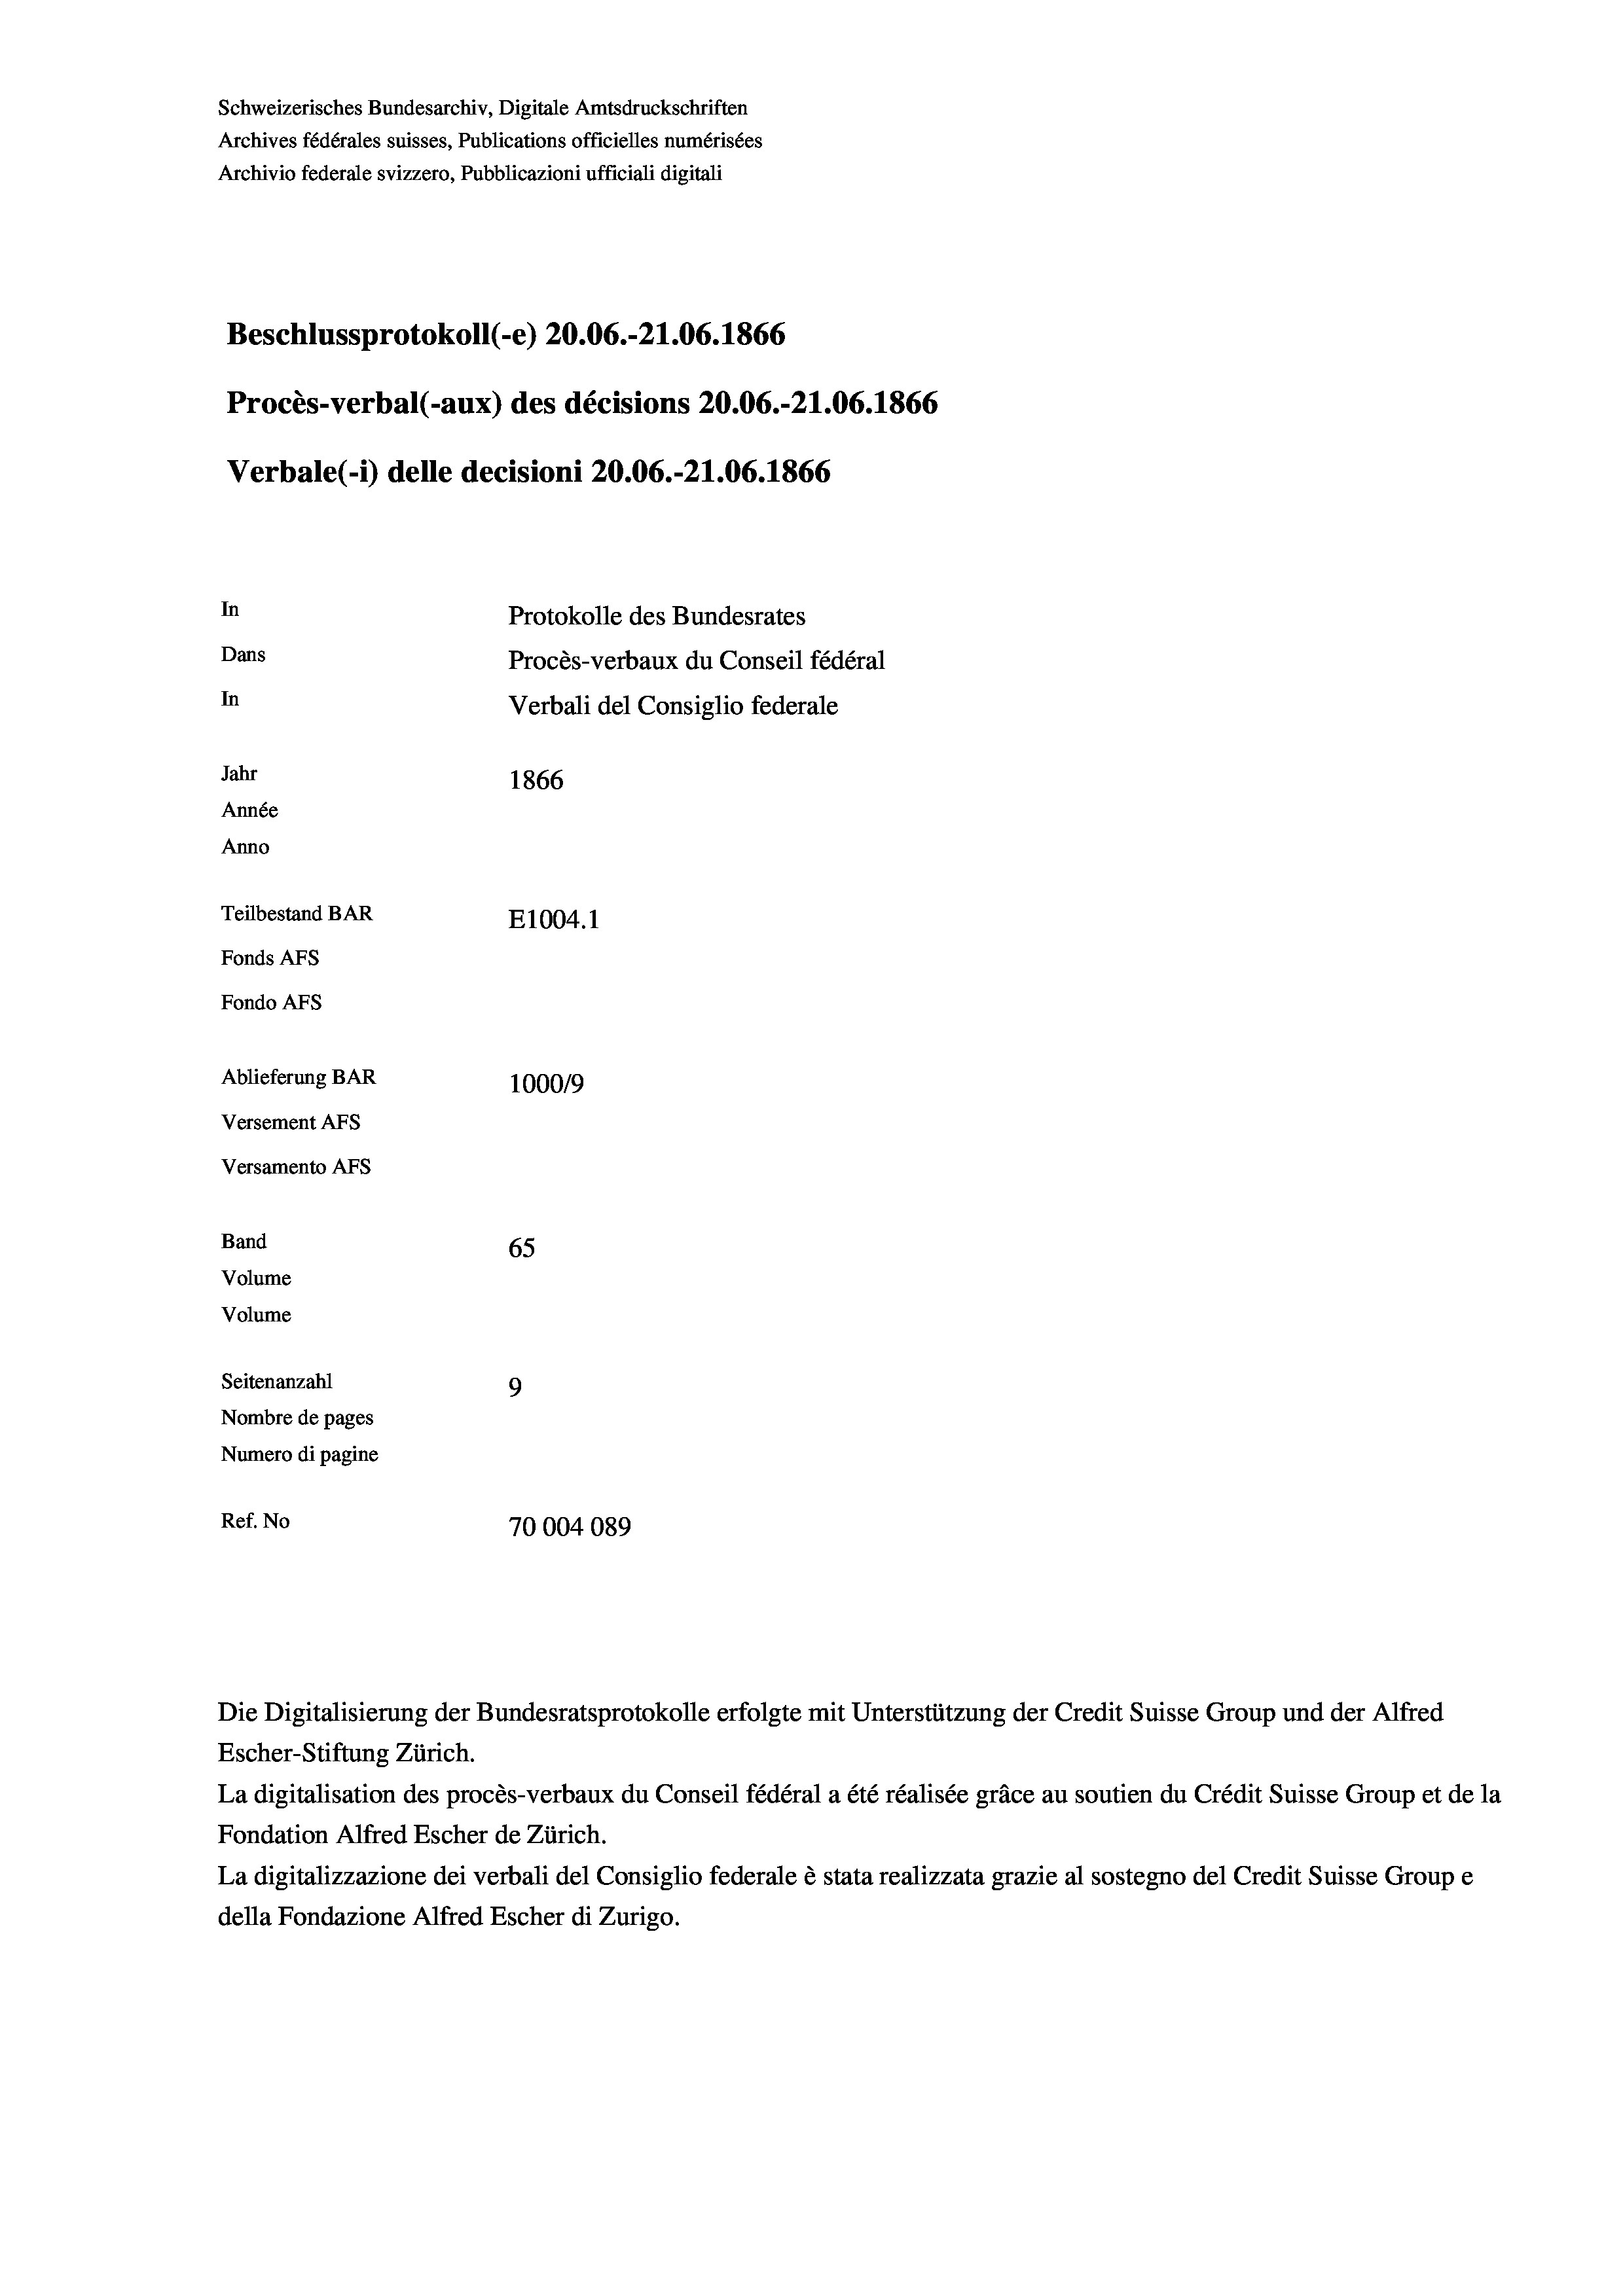
Schweizerisches Bundesarchiv, Digitale Amtsdruckschriften
Archives fédérales suisses, Publications officielles numérisées
Archivio federale svizzero, Pubblicazioni ufficiali digitali
Beschlussprotokoll (-e) 20.06.-21.06. 1866
Procès-verbal (-aux) des décisions 20.06.-21.06. 1866
Verbale (i) delle decisioni 20.06.-21.06. 1866
In
Protokolle des Bundesrates
Dans
Procès-verbaux du Conseil fédéral
In
Verbali del Consiglio federale
Jahr
1866
Année
Anno
Teilbestand BAR
E1004.1
Fonds AFs
Fondo Afs
Ablieferung BAR
100019
Versement AFs
Versamento Afs
Band
65

Volume
Volume
Seitenanzahl
9
Nombre de pages
Numero di pagine
Ref. No
70004089

Die Digitalisierung der Bundesratsprotokolle erfolgte mit Unterstützung der Credit Suisse Group und der Alfred
Escher-Stiftung Zürich.
La digitalisation des procès-verbaux du Conseil fédéral a été réalisée gräce au soutien du Crédit Suisse Group et de la
Fondation Alfred Escher de Zürich.
La digitalizzazione dei verbali del Consiglio federale è stata realizzata grazie al sostegno del Credit Suisse Groupe
della Fondazione Alfred Escher di Zurigo.